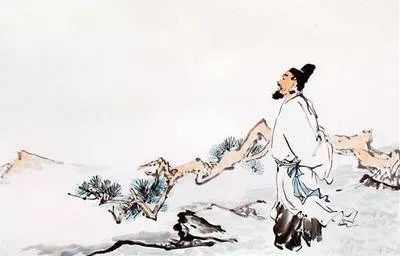
感之欲叹息，对酒还自倾。